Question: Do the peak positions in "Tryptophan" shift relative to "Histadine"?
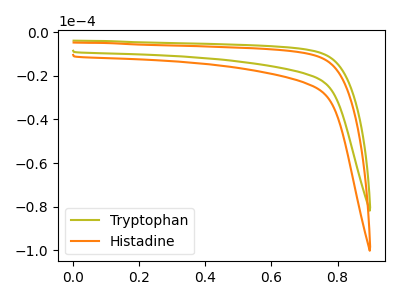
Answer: <think>The olive curve "Tryptophan" has no peaks. The orange curve "Histadine" has no peaks.
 Neither "Tryptophan" or "Histadine" have any peaks.</think>
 <answer>No, "Tryptophan" and "Histadine" don't appear to be significantly different in shape</answer>
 <eval>no_change</eval>